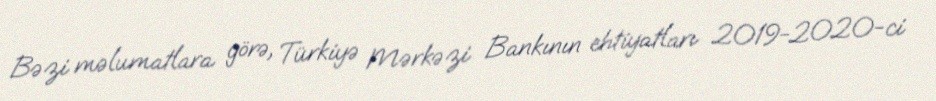
Bəzi məlumatlara görə, Türkiyə Mərkəzi Bankının ehtiyatları 2019-2020-ci